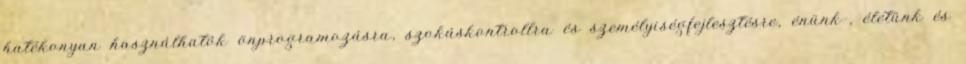
hatékonyan használhatók önprogramozásra, szokáskontrollra és személyiségfejlesztésre, énünk-, életünk és